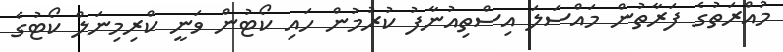
މުއްރަތުގެ ފަރާތުން މައްސަލަ އިސްތިއުނާފު ކުރުމުން ހައި ކޯޓުން ވަނީ ކްރިމިނަލް ކޯޓުގެ